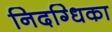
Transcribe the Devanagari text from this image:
निदग्धिका